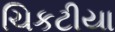
ચિકટીયા